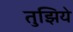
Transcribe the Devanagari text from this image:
तुझिये